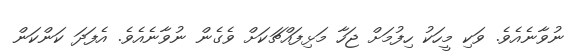
ނުވާނެއެވެ. ވަކި މީހަކު ހިފުމަށް ޖަހާ މަޅިފައްޗަކަށް ވެގެން ނުވާނެއެވެ. އެފަދަ ކަންކަން